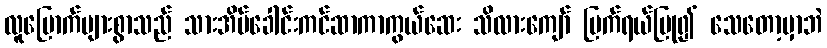
လူမြောက်များစွာသည် သားအိမ်ခေါင်းကင်ဆာကာကွယ်ဆေး သိလားကျော် ပြက်ရယ်ပြု၍ သေတော့မှာဘဲ